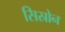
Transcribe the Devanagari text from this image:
सिस्रोन